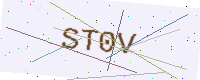
Text: ST0V